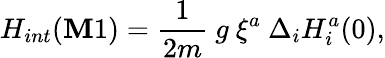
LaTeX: H_{int}(\mathbf{M}1)={\frac{{1}}{{2m}}}~g\ \xi^{a}~\Delta_{i}H_{i}^{a}(0),